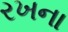
રખના